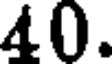
40.